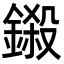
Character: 鎩